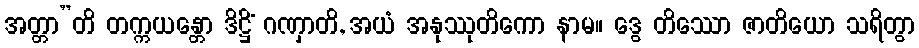
အတ္တာ”တိ တက္ကယန္တော ဒိဋ္ဌိံ ဂဏှာတိ, အယံ အနုဿုတိကော နာမ။ ဒွေ တိဿော ဇာတိယော သရိတွာ